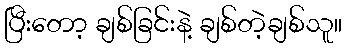
ပြီးတော့ ချစ်ခြင်းနဲ့ ချစ်တဲ့ချစ်သူ။